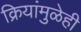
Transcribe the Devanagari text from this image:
क्रियांमुळेही